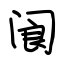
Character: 阆